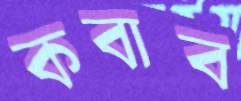
কবাব